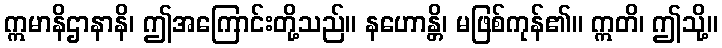
ဣမာနိဌာနာနိ၊ ဤအကြောင်းတို့သည်။ နဟောန္တိ၊ မဖြစ်ကုန်၏။ ဣတိ၊ ဤသို့။